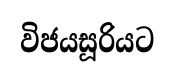
විජයසූරියට